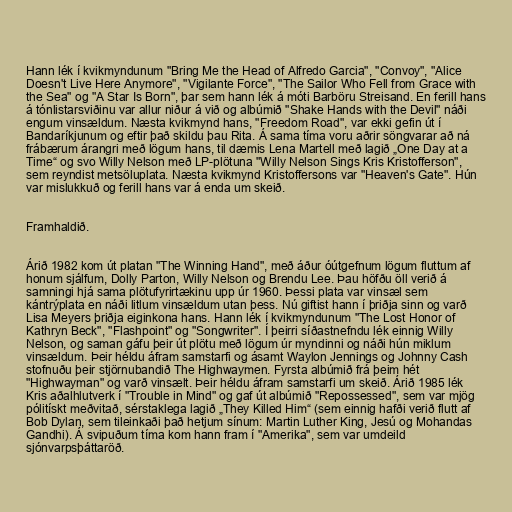
Hann lék í kvikmyndunum "Bring Me the Head of Alfredo Garcia", "Convoy", "Alice
Doesn't Live Here Anymore", "Vigilante Force", "The Sailor Who Fell from Grace with
the Sea" og "A Star Is Born", þar sem hann lék á móti Barböru Streisand. En ferill hans
á tónlistarsviðinu var allur niður á við og albúmið "Shake Hands with the Devil" náði
engum vinsældum. Næsta kvikmynd hans, "Freedom Road", var ekki gefin út í
Bandaríkjunum og eftir það skildu þau Rita. Á sama tíma voru aðrir söngvarar að ná
frábærum árangri með lögum hans, til dæmis Lena Martell með lagið „One Day at a
Time“ og svo Willy Nelson með LP-plötuna "Willy Nelson Sings Kris Kristofferson",
sem reyndist metsöluplata. Næsta kvikmynd Kristoffersons var "Heaven's Gate". Hún
var mislukkuð og ferill hans var á enda um skeið.

Framhaldið.

Árið 1982 kom út platan "The Winning Hand", með áður óútgefnum lögum fluttum af
honum sjálfum, Dolly Parton, Willy Nelson og Brendu Lee. Þau höfðu öll verið á
samningi hjá sama plötufyrirtækinu upp úr 1960. Þessi plata var vinsæl sem
kántrýplata en náði litlum vinsældum utan þess. Nú giftist hann í þriðja sinn og varð
Lisa Meyers þriðja eiginkona hans. Hann lék í kvikmyndunum "The Lost Honor of
Kathryn Beck", "Flashpoint" og "Songwriter". Í þeirri síðastnefndu lék einnig Willy
Nelson, og saman gáfu þeir út plötu með lögum úr myndinni og náði hún miklum
vinsældum. Þeir héldu áfram samstarfi og ásamt Waylon Jennings og Johnny Cash
stofnuðu þeir stjörnubandið The Highwaymen. Fyrsta albúmið frá þeim hét
"Highwayman" og varð vinsælt. Þeir héldu áfram samstarfi um skeið. Árið 1985 lék
Kris aðalhlutverk í "Trouble in Mind" og gaf út albúmið "Repossessed", sem var mjög
pólitískt meðvitað, sérstaklega lagið „They Killed Him“ (sem einnig hafði verið flutt af
Bob Dylan, sem tileinkaði það hetjum sínum: Martin Luther King, Jesú og Mohandas
Gandhi). Á svipuðum tíma kom hann fram í "Amerika", sem var umdeild
sjónvarpsþáttaröð.